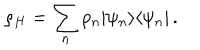
LaTeX: \rho _ { H } = \sum _ { n } p _ { n } | \psi _ { n } \rangle \langle \psi _ { n } | \, .